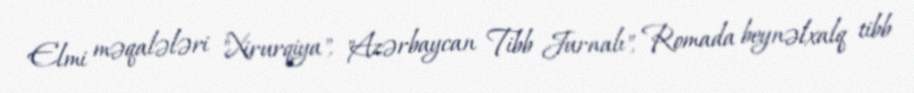
Elmi məqalələri "Xirurqiya", "Azərbaycan Tibb Jurnalı", Romada beynəlxalq tibb